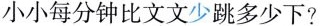
小小每分钟比文文少跳多少下?